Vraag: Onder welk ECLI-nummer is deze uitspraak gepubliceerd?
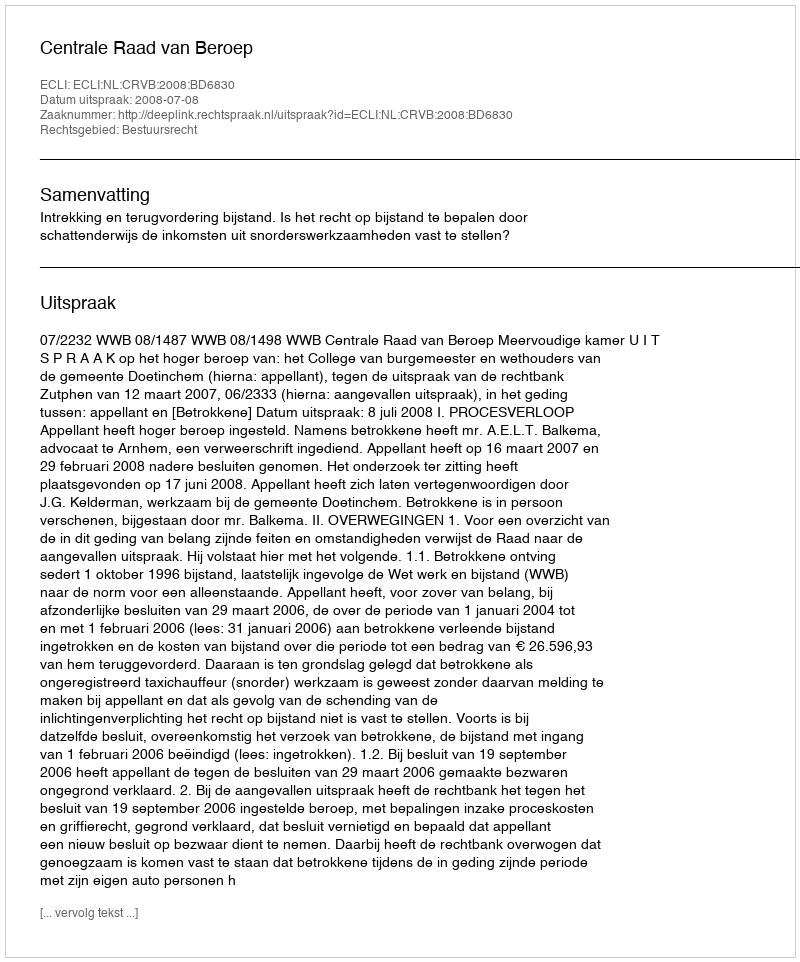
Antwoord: ECLI:NL:CRVB:2008:BD6830